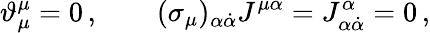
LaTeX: \vartheta_{\mu}^{\mu}=0\, ,\qquad(\sigma_{\mu})_{\alpha\dot{\alpha}}J^{\mu\alpha}=J_{\alpha\dot{\alpha}}^{\alpha}=0\, ,